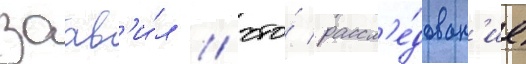
заав'и́л / что́ рассл'е́дован'ие